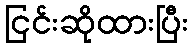
ငြင်းဆိုထားပြီး